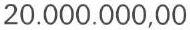
20.000.000,00